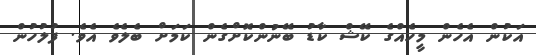
އަކުން އެހެން މީހެއްގެ ކޭޝް ކާޑު ބޭނުންކޮށްގެން ކަމަށް ބެލެވެ އެވެ. ފުލުހުން